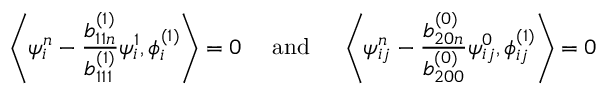
\left\langle \psi _ { i } ^ { n } - \frac { b _ { 1 1 n } ^ { ( 1 ) } } { b _ { 1 1 1 } ^ { ( 1 ) } } \psi _ { i } ^ { 1 } , \phi _ { i } ^ { ( 1 ) } \right\rangle = 0 \quad \mathrm { ~ a n d ~ } \quad \left\langle \psi _ { i j } ^ { n } - \frac { b _ { 2 0 n } ^ { ( 0 ) } } { b _ { 2 0 0 } ^ { ( 0 ) } } \psi _ { i j } ^ { 0 } , \phi _ { i j } ^ { ( 1 ) } \right\rangle = 0